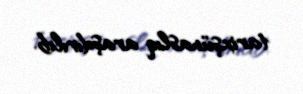
tarixşünaslıq araşdırılıb.